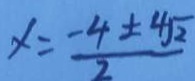
x = \frac { - 4 \pm 4 \sqrt { 2 } } { 2 }